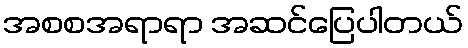
အစစအရာရာ အဆင်ပြေပါတယ်